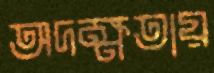
অদক্ষতায়